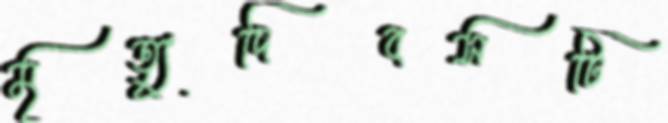
মৃত্যুদিবসটি